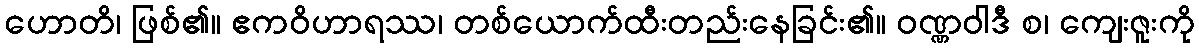
ဟောတိ၊ ဖြစ်၏။ ဧကဝိဟာရဿ၊ တစ်ယောက်ထီးတည်းနေခြင်း၏။ ဝဏ္ဏဝါဒီ စ၊ ကျေးဇူးကို